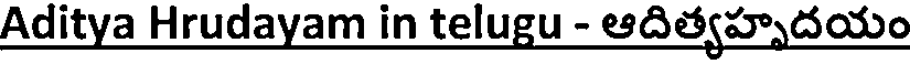
Aditya Hrudayam in telugu - ఆదిత్యహృదయం